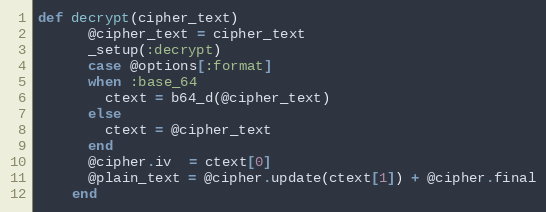
Language: Ruby
def decrypt(cipher_text)
      @cipher_text = cipher_text
      _setup(:decrypt)
      case @options[:format]
      when :base_64
        ctext = b64_d(@cipher_text)
      else
        ctext = @cipher_text
      end
      @cipher.iv  = ctext[0]
      @plain_text = @cipher.update(ctext[1]) + @cipher.final
    end